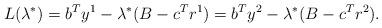
LaTeX: \begin{align*}L(\lambda^*) = b^T y^1 - \lambda^*(B-c^T r^1) = b^T y^2 - \lambda^*(B-c^T r^2).\end{align*}